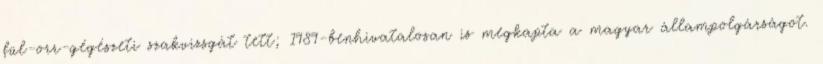
fül-orr-gégészeti szakvizsgát tett; 1989-benhivatalosan is megkapta a magyar állampolgárságot.